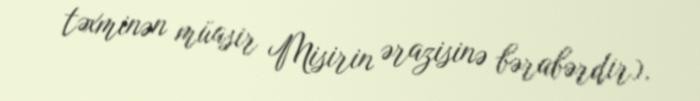
təxminən müasir Misirin ərazisinə bərabərdir).